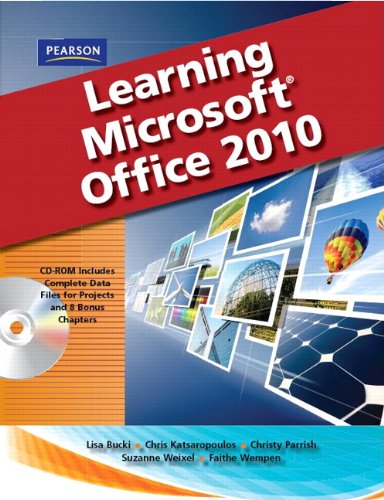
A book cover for Learning Microsoft Office 2010, Standard Student Edition; Lisa Bucki; Computers & Technology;